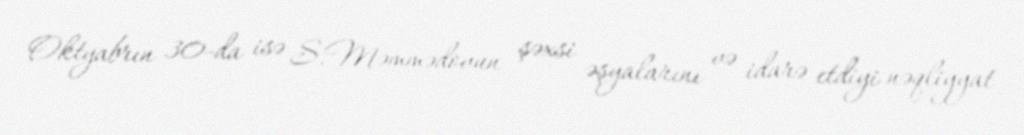
Oktyabrın 30-da isə S.Məmmədovun şəxsi əşyalarını və idarə etdiyi nəqliyyat